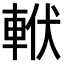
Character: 𨋩